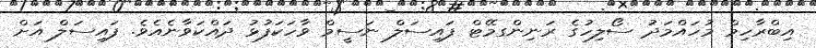
އިބްރާހިމް މުހައްމަދު ސޯލިހުގެ ރަނިންގމޭޓް ފައިސަލް ނަސީމް ވާހަކަފުޅު ދައްކަވާނެއެވެ. ފައިސަލް އަށް